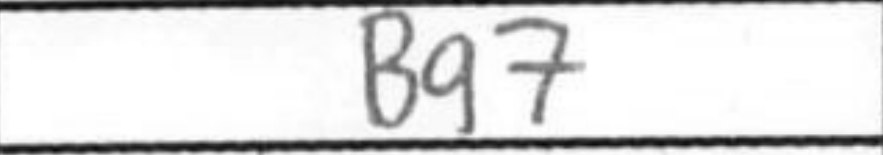
Transcription: Bg7